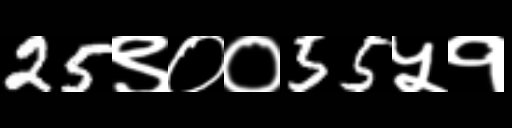
Text: 25९००55५१